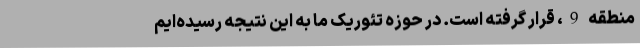
منطقه 9، قرار گرفته است. در حوزه تئوریک ما به این نتیجه رسیده‌ایم